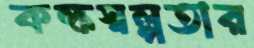
কক্ষস্বল্পতার